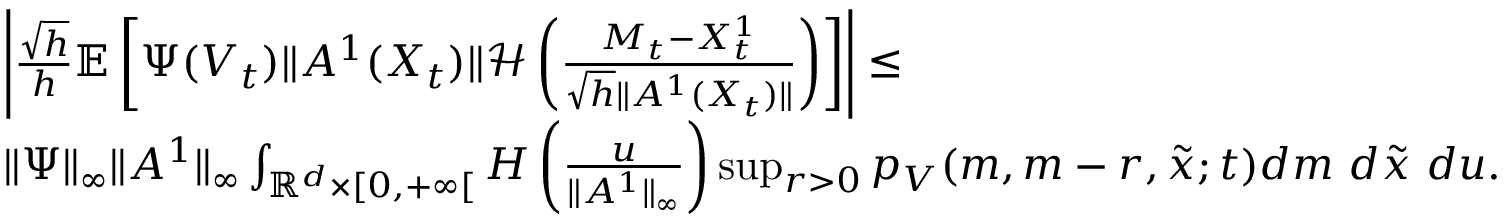
\begin{array} { r l } & { \left| \frac { \sqrt { h } } { h } { \mathbb E } \left[ \Psi ( V _ { t } ) \| A ^ { 1 } ( X _ { t } ) \| { \mathcal H } \left( \frac { M _ { t } - { X _ { t } ^ { 1 } } } { \sqrt { h } \| A ^ { 1 } ( X _ { t } ) \| } \right) \right] \right| \leq } \\ & { \| \Psi \| _ { \infty } \| A ^ { 1 } \| _ { \infty } \int _ { { \mathbb R } ^ { d } \times [ 0 , + \infty [ } { \cal H } \left( \frac { u } { \| A ^ { 1 } \| _ { \infty } } \right) \operatorname* { s u p } _ { r > 0 } p _ { V } ( m , m - r , \tilde { x } ; t ) d m ~ d \tilde { x } ~ d u . } \end{array}